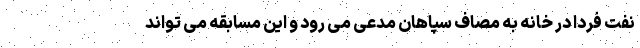
نفت فردا در خانه به مصاف سپاهان مدعی می رود و این مسابقه می تواند